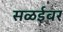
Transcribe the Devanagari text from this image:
सळईवर